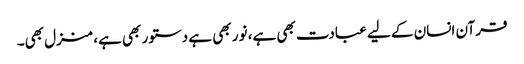
قرآن انسان کے لیے عبادت بھی ہے، نور بھی ہے دستور بھی ہے، منزل بھی۔